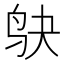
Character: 𫛞